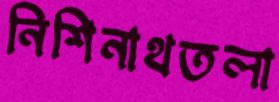
নিশিনাথতলা